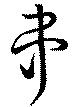
串